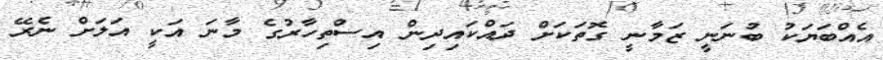
އެއްބަޔަކު ބުނަނީ ޒަމާނީ ގޮތަކަށް ދައްކައިދިން އިސްތިހާރުގެ މާނަ އަކީ އަލަށް ނެރޭ